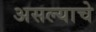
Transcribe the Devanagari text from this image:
असल्‍याचे